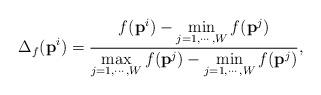
LaTeX: \begin{align*}\Delta_f({\textbf{p}}^i) = \frac{{f({\textbf{p}}^i) - \mathop {\min }\limits_{j = 1, \cdots ,W}f({\textbf{p}}^j)}}{\mathop {\max }\limits_{j = 1, \cdots ,W}f({\textbf{p}}^j)-\mathop {\min }\limits_{j = 1, \cdots ,W}f({\textbf{p}}^j)},\end{align*}